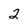
Character: 2